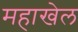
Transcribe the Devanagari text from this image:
महाखेल